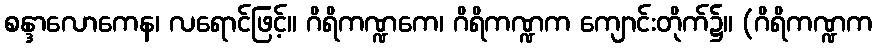
စန္ဒာလောကေန၊ လရောင်ဖြင့်။ ဂိရိကဏ္ဍကေ၊ ဂိရိကဏ္ဍက ကျောင်းတိုက်၌။ (ဂိရိကဏ္ဍက